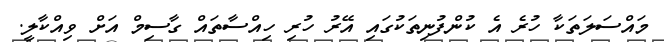
މައްސަލަތަކާ ހުރެ އެ ކުންފުނިތަކުގައި އޭރު ހުރި ހިއްސާތައް ގާސިމް އަށް ވިއްކާލީ.